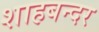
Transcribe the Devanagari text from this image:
शाहबन्दर